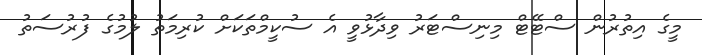
މީގެ އިތުރުން ސްޓޭޓް މިނިސްޓަރު ވިދާޅުވީ އެ ސުކީމްތަކަށް ކުރިމަތު ލުމުގެ ފުރުސަތު